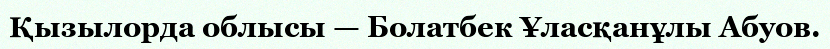
Қызылорда облысы — Болатбек Ұласқанұлы Абуов.